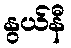
နွယ်နီ